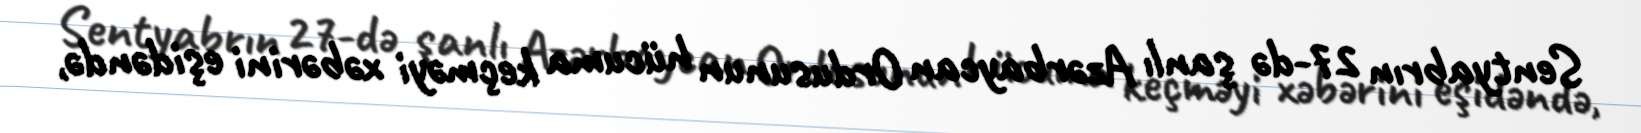
Sentyabrın 27-də şanlı Azərbaycan Ordusunun hücuma keçməyi xəbərini eşidəndə,